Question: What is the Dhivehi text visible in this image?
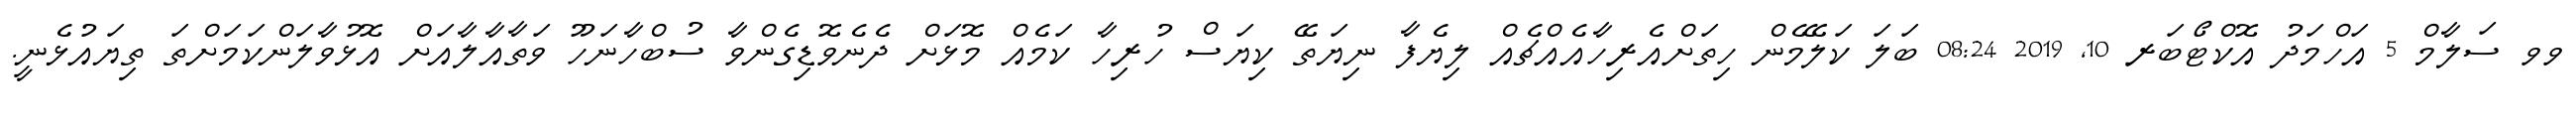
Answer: ވވ ސަލާމް 5 އަހްމަދު އޮކްޓޯބަރ 10, 2019 08:24 ބަލަ ކަލޭމެން ހިތަށްއެރިހާއެއްޗެއް ލިޔެފާ ނިޔަތޭ ކިޔަސް ހުރިހާ ކަމެއް މޮޅަށް ދެނެވޮޑިގެންވާ ސުބްހާނަހޫ ވަތާއާލާއަށް އޮޅުވާލަންކަމަށްތަ ތިޔައުޅެނީ.